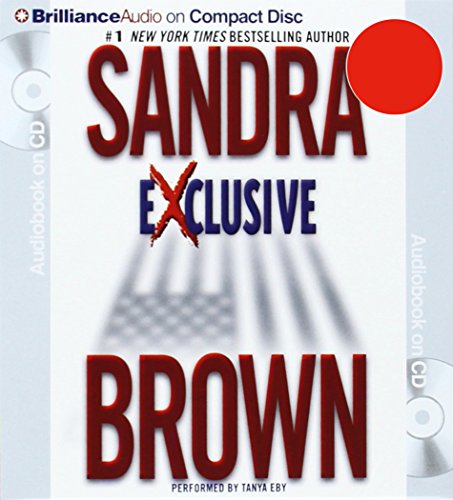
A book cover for Exclusive; Sandra Brown; Literature & Fiction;